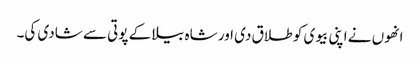
انھوں نے اپنی بیوی کو طلاق دی اور شاہ بیلا کے پوتی سے شادی کی۔